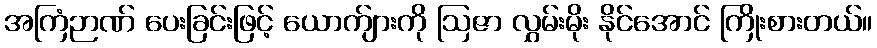
အကြံဉာဏ် ပေးခြင်းဖြင့် ယောက်ျားကို ဩဇာ လွှမ်းမိုး နိုင်အောင် ကြိုးစားတယ်။